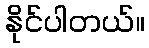
နိုင်ပါတယ်။